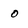
Character: 0